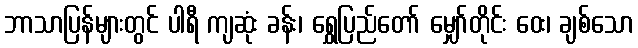
ဘာသာပြန်များတွင် ပါရီ ကျဆုံး ခန်း၊ ရွှေပြည်တော် မျှော်တိုင်း ဝေး၊ ချစ်သော